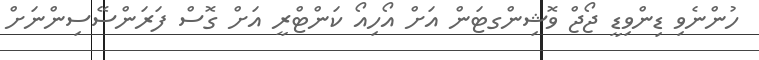
ހުންނެވި ޑިންވިޑީ ޖޯޖް ވޮޝިންގޓަން އަށް އޯހިއޯ ކަންޓްރީ އަށް ގޮސް ފަރަންސޭސިންނަށް